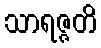
သာရဇ္ဇတိ